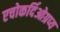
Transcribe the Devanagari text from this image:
एचोकर्दिओग्रप्य